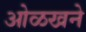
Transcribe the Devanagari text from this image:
ओळखने